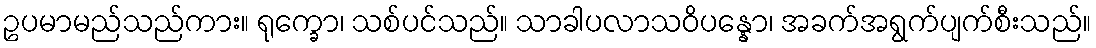
ဥပမာမည်သည်ကား။ ရုက္ခော၊ သစ်ပင်သည်။ သာခါပလာသဝိပန္နော၊ အခက်အရွက်ပျက်စီးသည်။